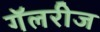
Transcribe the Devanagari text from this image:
गॅलरीज